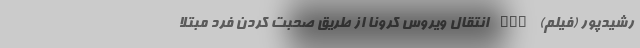
رشیدپور (فیلم) nan انتقال ویروس کرونا از طریق صحبت کردن فرد مبتلا